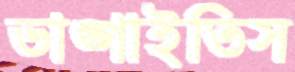
ভাঙ্গাইতিস